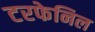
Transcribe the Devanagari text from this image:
टरफेनिल